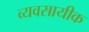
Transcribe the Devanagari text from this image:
व्यवसायीक